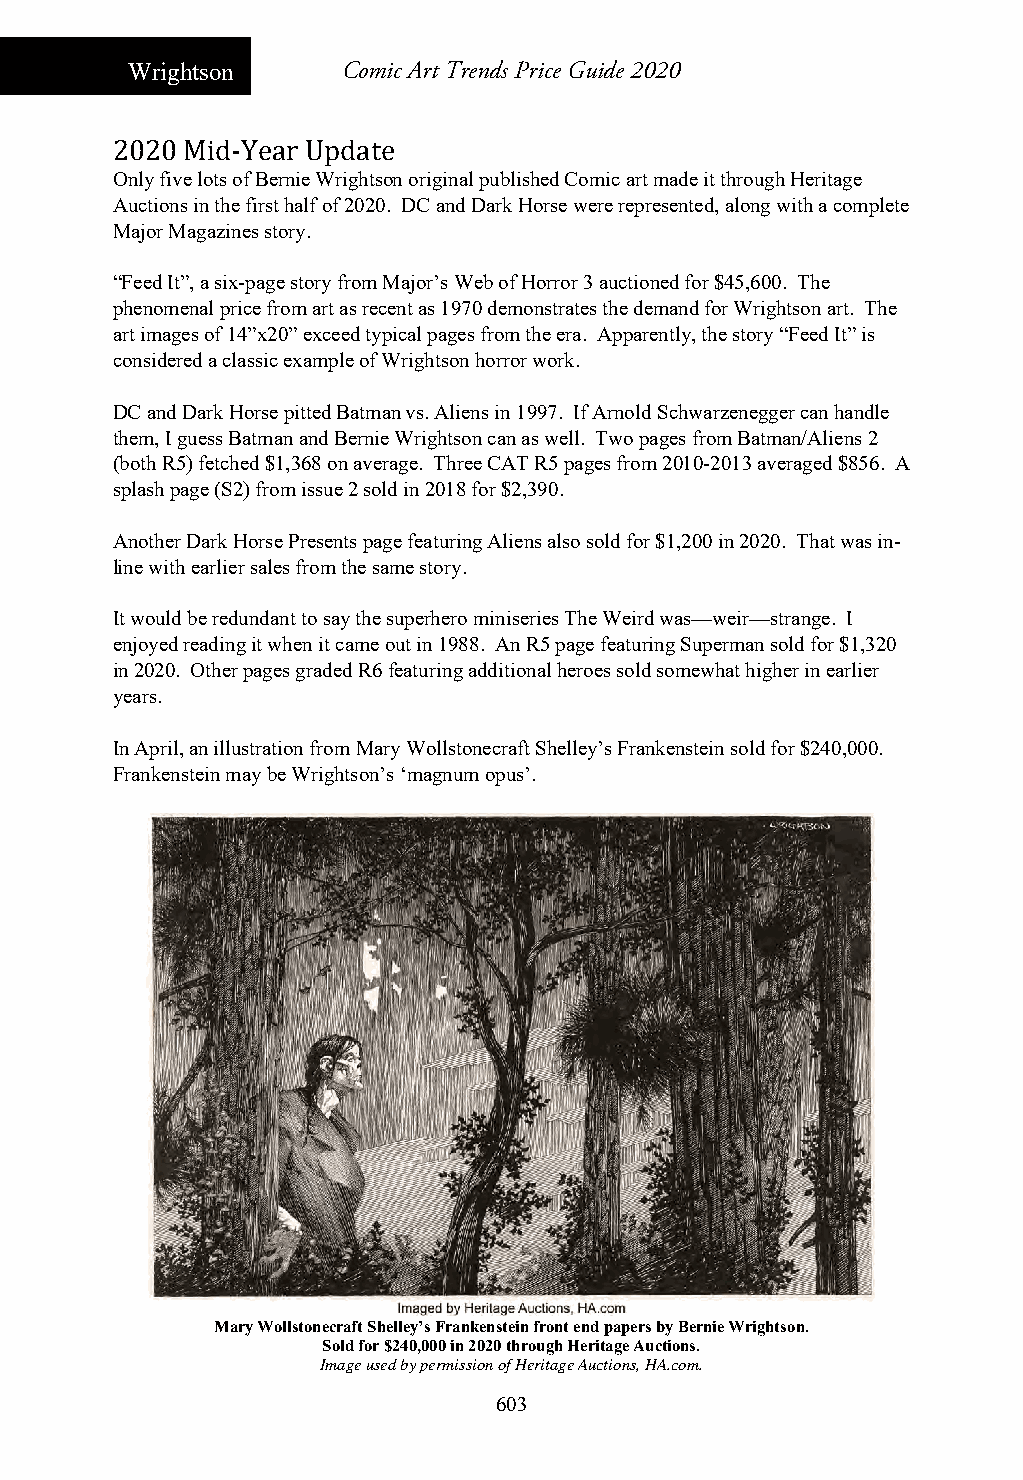
Wrightson      Comic Art Trends Price Guide 2020
 2020 Mid-Year Update
 Only five lots of Bernie Wrightson original published Comic art made it through Heritage
 Auctions in the first half of 2020. DC and Dark Horse were represented, along with a complete
 Major Magazines story.
 “Feed It”, a six-page story from Major’s Web of Horror 3 auctioned for $45,600. The
 phenomenal price from art as recent as 1970 demonstrates the demand for Wrightson art. The
 art images of 14”x20” exceed typical pages from the era. Apparently, the story “Feed It” is
 considered a classic example of Wrightson horror work.
 DC and Dark Horse pitted Batman vs. Aliens in 1997. If Arnold Schwarzenegger can handle
 them, I guess Batman and Bernie Wrightson can as well. Two pages from Batman/Aliens 2
 (both R5) fetched $1,368 on average. Three CAT R5 pages from 2010-2013 averaged $856. A
 splash page (S2) from issue 2 sold in 2018 for $2,390.
 Another Dark Horse Presents page featuring Aliens also sold for $1,200 in 2020. That was in-
 line with earlier sales from the same story.
 It would be redundant to say the superhero miniseries The Weird was—weir—strange. I
 enjoyed reading it when it came out in 1988. An R5 page featuring Superman sold for $1,320
 in 2020. Other pages graded R6 featuring additional heroes sold somewhat higher in earlier
 years.
 In April, an illustration from Mary Wollstonecraft Shelley’s Frankenstein sold for $240,000.
 Frankenstein may be Wrightson’s ‘magnum opus’.
 Mary Wollstonecraft Shelley’s Frankenstein front end papers by Bernie Wrightson.
 Sold for $240,000 in 2020 through Heritage Auctions.
 Image used by permission of Heritage Auctions, HA.com.
 603